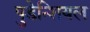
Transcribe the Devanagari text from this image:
पुडेन्शियल